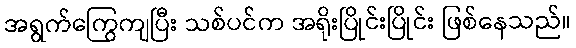
အရွက်ကြွေကျပြီး သစ်ပင်က အရိုးပြိုင်းပြိုင်း ဖြစ်နေသည်။